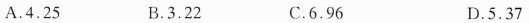
A.4.25 B.3.22 C.6.96 D.5.37